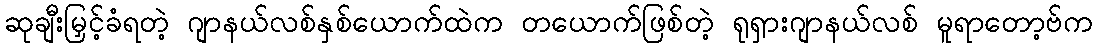
ဆုချီးမြှင့်ခံရတဲ့ ဂျာနယ်လစ်နှစ်ယောက်ထဲက တယောက်ဖြစ်တဲ့ ရုရှားဂျာနယ်လစ် မူရာတော့ဗ်က